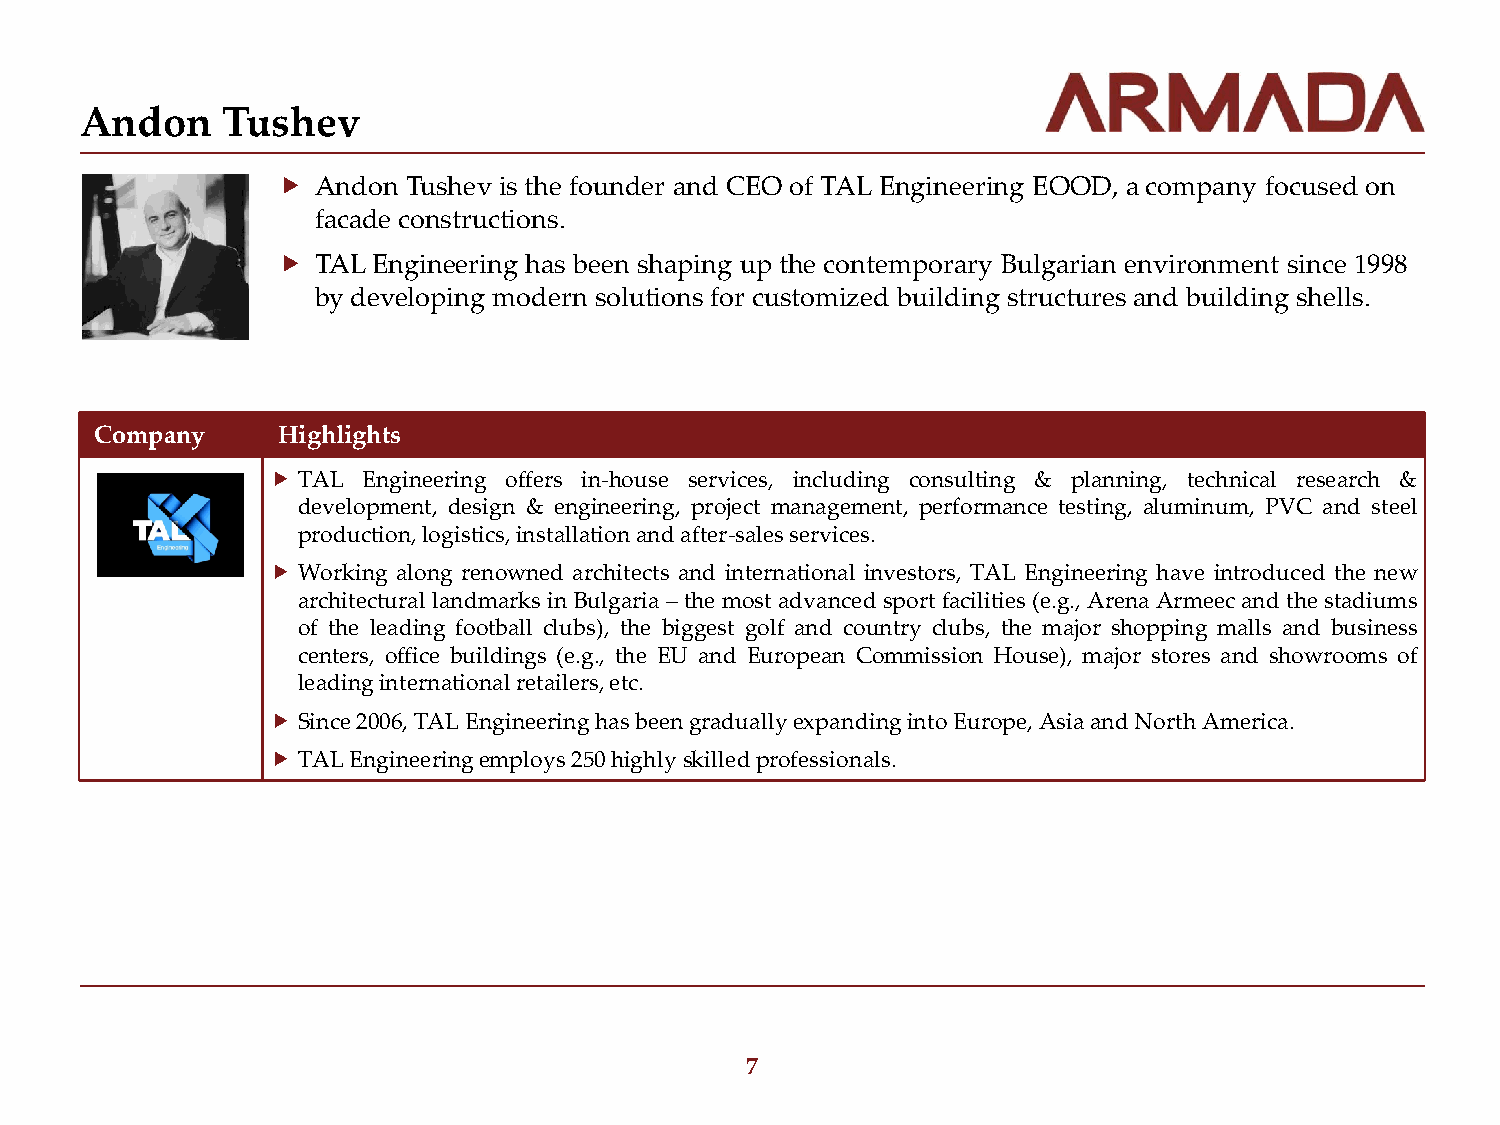
Andon     Tushev
   Andon Tushev is the founder and CEO of TAL Engineering EOOD, a company focused on
 facade constructions.
   TAL Engineering has been shaping up the contemporary Bulgarian environment since 1998
 by developing modern solutions for customized building structures and building shells.
 Company     Highlights
  TAL Engineering offers in-house services, including consulting & planning, technical research &
 development, design & engineering, project management, performance testing, aluminum, PVC and steel
 production, logistics, installation and after-sales services.
  Working along renowned architects and international investors, TAL Engineering have introduced the new
 architectural landmarks in Bulgaria – the most advanced sport facilities (e.g., Arena Armeec and the stadiums
 of the leading football clubs), the biggest golf and country clubs, the major shopping malls and business
 centers, office buildings (e.g., the EU and European Commission House), major stores and showrooms of
 leading international retailers, etc.
  Since 2006, TAL Engineering has been gradually expanding into Europe, Asia and North America.
  TAL Engineering employs 250 highly skilled professionals.
 7